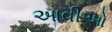
આવીઓ